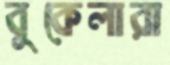
বুকেলারা